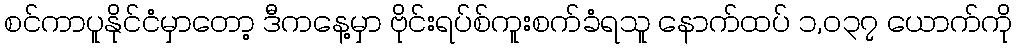
စင်ကာပူနိုင်ငံမှာတော့ ဒီကနေ့မှာ ဗိုင်းရပ်စ်ကူးစက်ခံရသူ နောက်ထပ် ၁,၀၃၇ ယောက်ကို